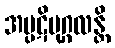
အပ္ပဋိပုဂ္ဂလန္တိ